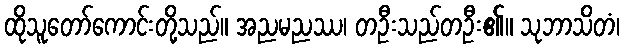
ထိုသူတော်ကောင်းတို့သည်။ အညမညဿ၊ တဦးသည်တဦး၏။ သုဘာသိတံ၊